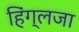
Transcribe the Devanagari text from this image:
हिंग्लजा